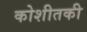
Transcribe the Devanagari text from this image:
कोशीतकी